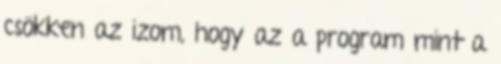
csökken az izom, hogy az a program mint a